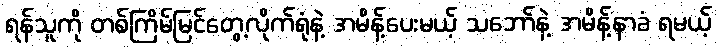
ရန်သူကို တစ်ကြိမ်မြင်တွေ့လိုက်ရုံနဲ့ အမိန့်ပေးမယ့် သဘော်နဲ့ အမိန့်နာခံ ရမယ့်